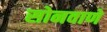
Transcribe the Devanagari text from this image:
सोनवाणे